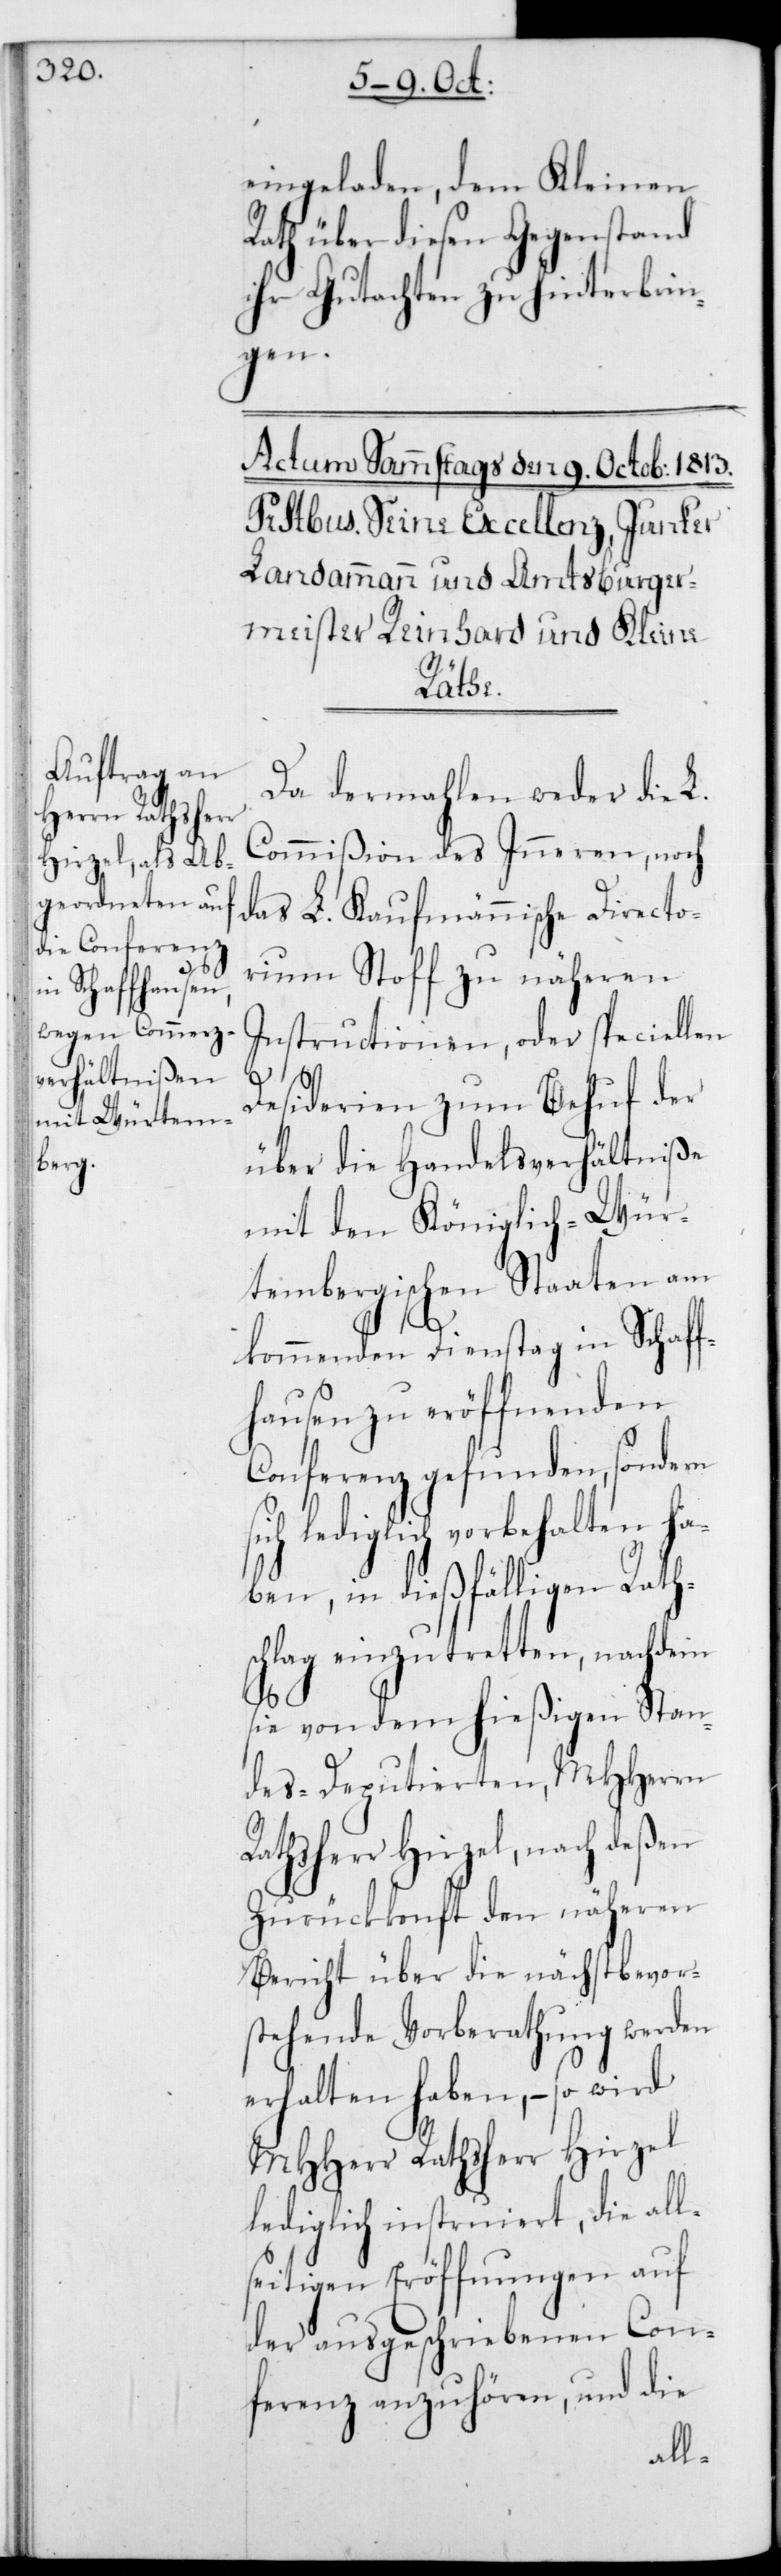
eingeladen, dem Kleinen
Rath über diesen Gegenstand
ihr Gutachten zu hinterbrin¬
gen.
Raths¬
Da dermahlen weder die L.
Commißion des Inneren noch
das L. Kaufmännische Directo¬
rium Stoff zu näheren
Instructionen oder speciellen
Desiderien zum Behuf der
über die Handelsverhältniße
mit den Königlich-Wür¬
tembergischen Staaten am
kommenden Dienstag in Schaff¬
hausen zu eröffnenden
Conferenz gefunden, sondern
lediglich vorbehalten ha¬
ben, in dießfälligen Raths¬
chlag einzutretten, nachdem
sie von dem hießigenStan¬
des-Deputierten, MHHerrn
herr Hirzel, nach deßen
Zurückkonft den näheren
Bericht über die nächst bevor¬
stehende Vorberathung werden
erhalten haben, – so wird
MHHerr Rathsherr Hirzel
lediglich instruiert, die all¬
seitigen Eröffnungen auf
der ausgeschriebenen Con¬
ferenz anzuhören, und die